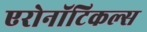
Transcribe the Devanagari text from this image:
एरोनॉटिकल्स